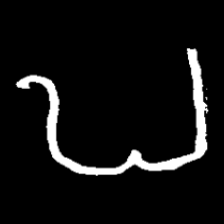
Pyu character \u2014 Myanmar letter: ဎ (romanized: ddha)